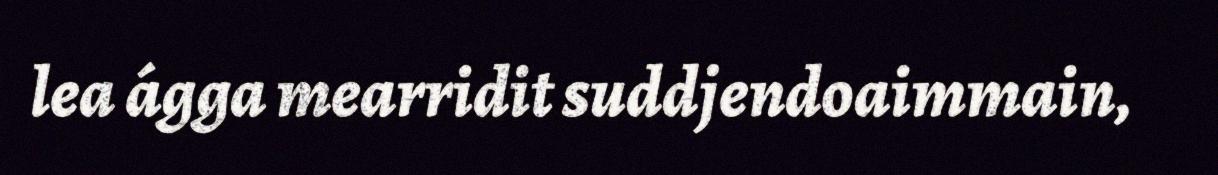
lea ágga mearridit suddjendoaimmain,